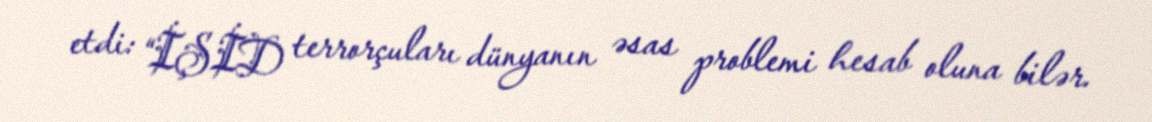
etdi: “İŞİD terrorçuları dünyanın əsas problemi hesab oluna bilər.